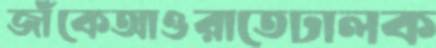
জাঁকেআওরাতেঢালক